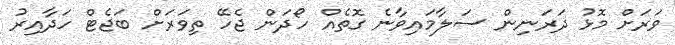
ވަރަށް މޮޅު ދަރަނިން ސަލާމައިވާނެ ގޮތެއް ހޯދަން ޖެހޭ ތިވަރަށް ބަޖެޓް ހަދާއިރު